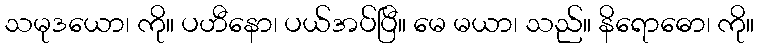
သမုဒယော၊ ကို။ ပဟီနော၊ ပယ်အပ်ပြီ။ မေ မယာ၊ သည်။ နိရောဓော၊ ကို။